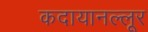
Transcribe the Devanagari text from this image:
कदायानल्लूर